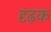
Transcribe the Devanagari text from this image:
दृढ़क